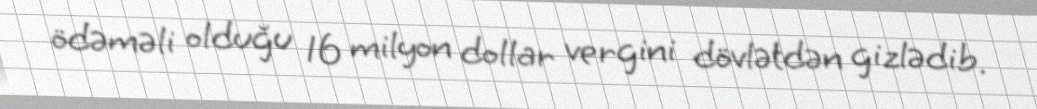
ödəməli olduğu 16 milyon dollar vergini dövlətdən gizlədib.